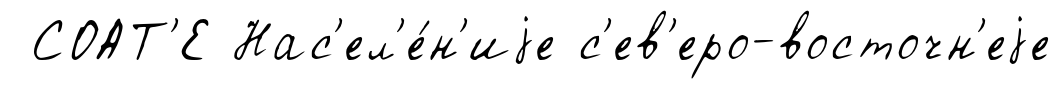
СОАТ'Е Нас'ел'е́н'иjе с'ев'еро-восточн'еjе